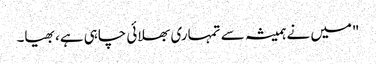
"میں نے ہمیشہ سے تمہاری بھلائی چاہی ہے، بھیا۔